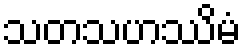
သတသဟဿိမံ